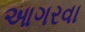
આગરવા